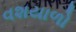
વશયાળો